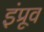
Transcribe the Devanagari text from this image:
इंप्रूव